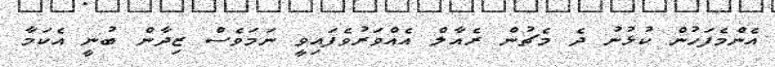
އެންމެފަހުން ކުޅުނު ދެ މެޗުން ރެއާލް އެއްވަރުވެފައިވީ ނަމަވެސް ޒިދާން ބުނީ އެކަމާ